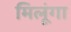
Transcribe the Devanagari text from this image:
मिलूंगा